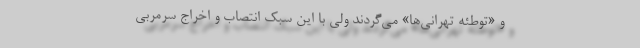
و «توطئه تهرانی‌ها» می‌گردند ولی با این سبک انتصاب و اخراج سرمربی